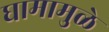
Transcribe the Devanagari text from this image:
घामामुळे